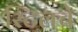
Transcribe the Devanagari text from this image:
स्टिलचे